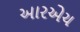
આરએચ